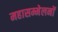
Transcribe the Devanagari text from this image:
महासम्मेलनों